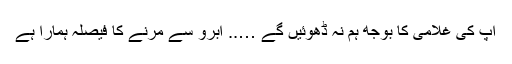
آپ کی غلامی کا بوجھ ہم نہ ڈھوئیں گے ….. آبرو سے مرنے کا فیصلہ ہمارا ہے